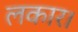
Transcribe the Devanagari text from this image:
लकार।